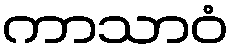
ကာသာဝံ